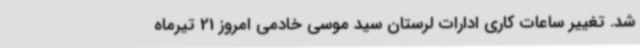
شد. تغییر ساعات کاری ادارات لرستان سید موسی خادمی امروز 21 تیرماه